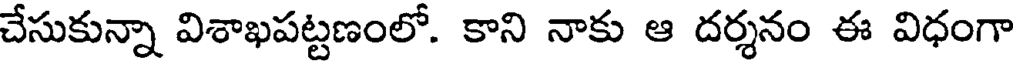
చేసుకున్నా విశాఖపట్టణంలో. కాని నాకు ఆ దర్శనం ఈ విధంగా